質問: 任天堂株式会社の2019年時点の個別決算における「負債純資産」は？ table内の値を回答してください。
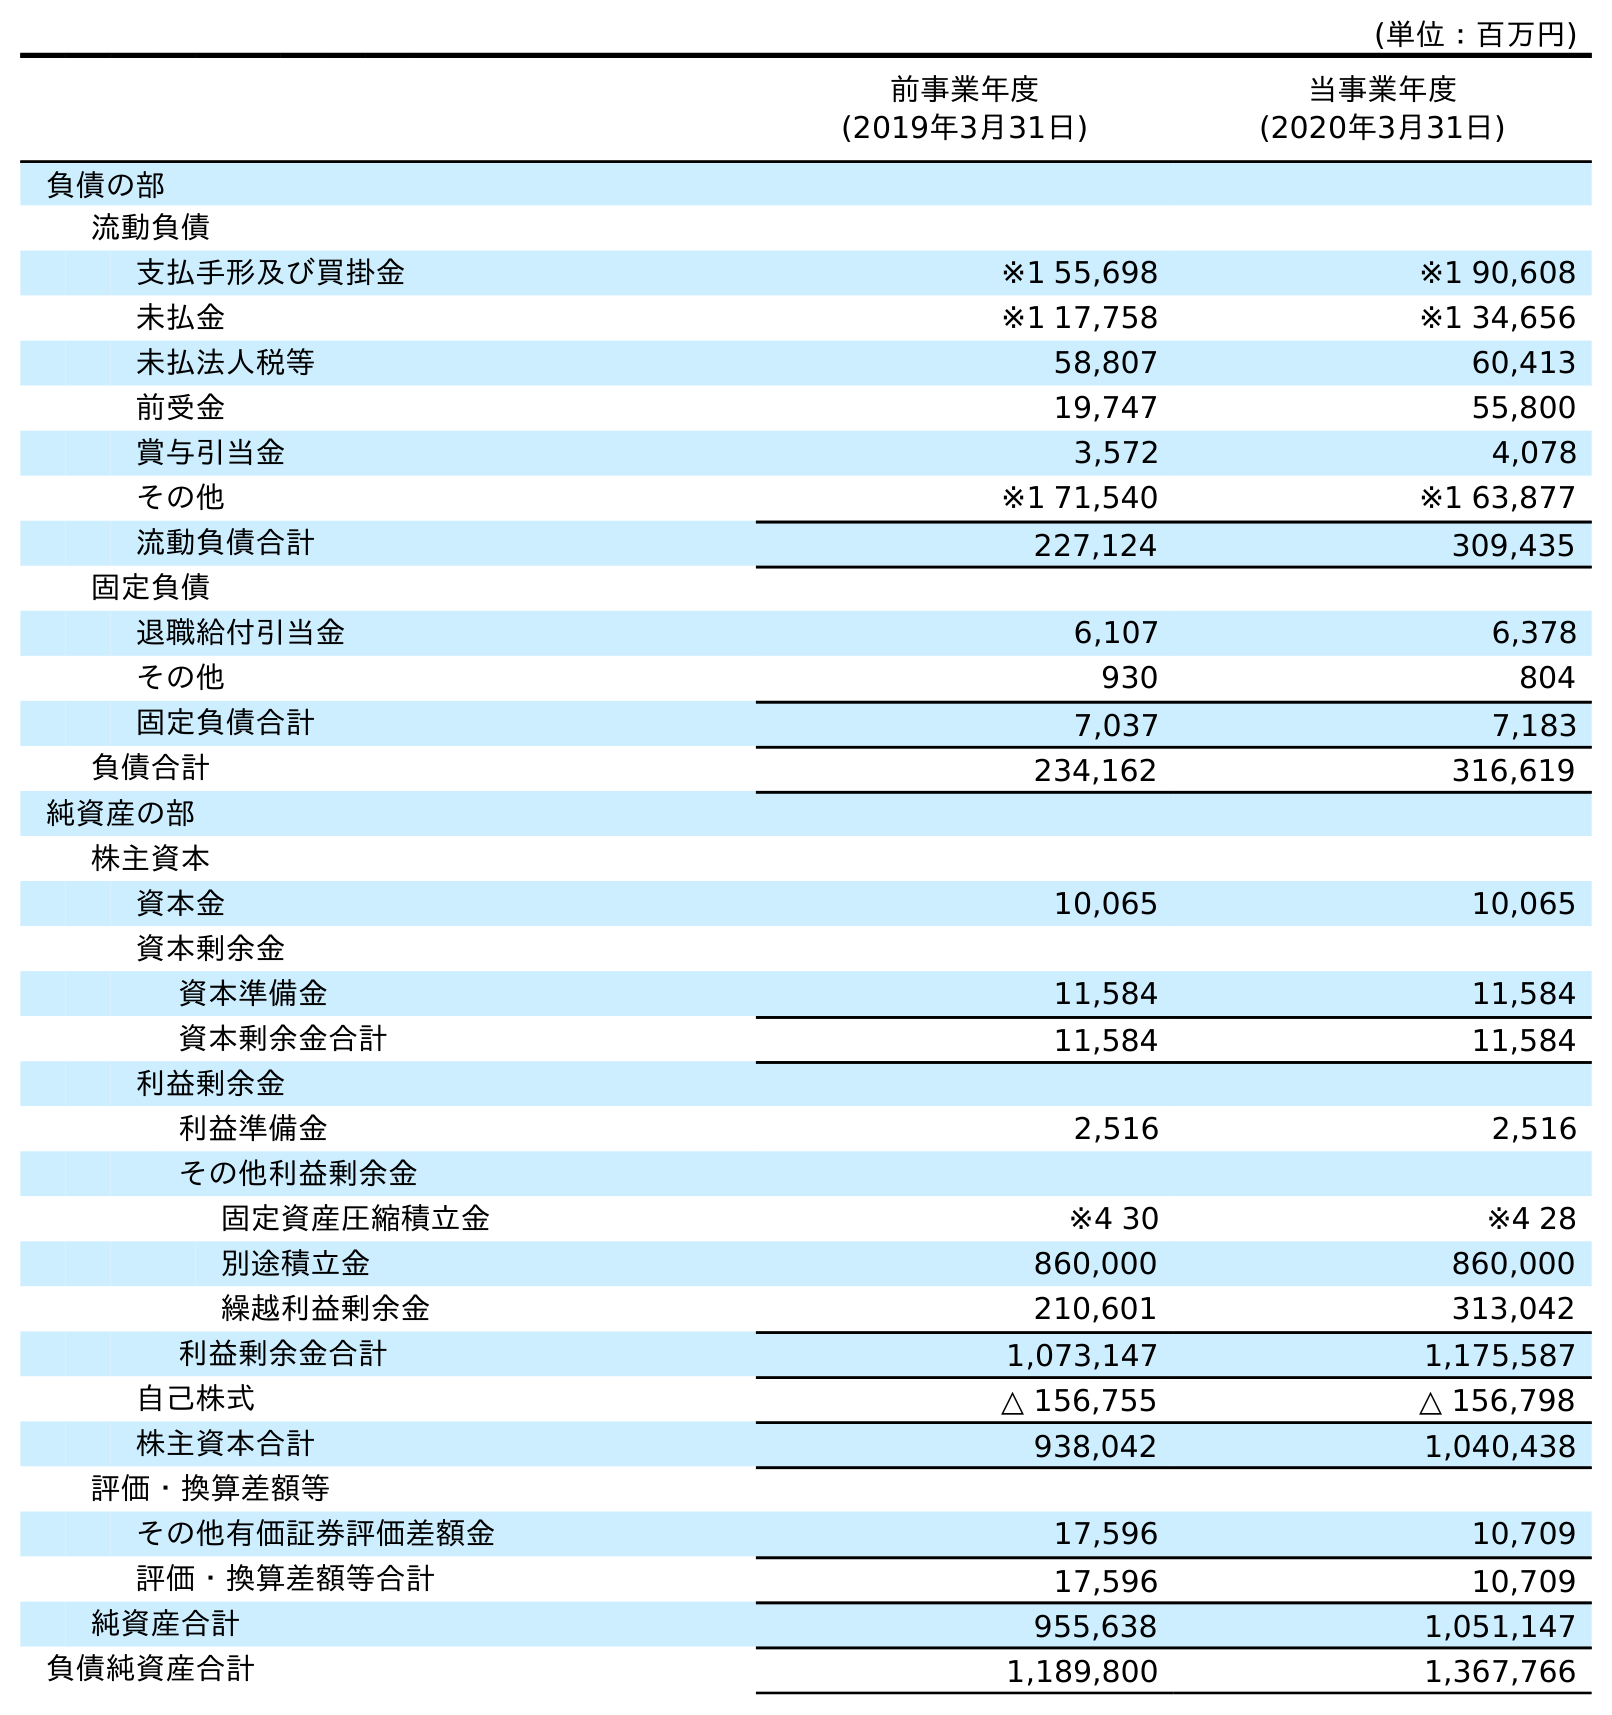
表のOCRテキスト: (単位：百万円) 前事業年度 (2019年3月31日) 当事業年度 (2020年3月31日) 負債の部 流動負債 支払手形及び買掛金 ※1 55,698 ※1 90,608 未払金 ※1 17,758 ※1 34,656 未払法人税等 58,807 60,413 前受金 19,747 55,800 賞与引当金 3,572 4,078 その他 ※1 71,540 ※1 63,877 流動負債合計 227,124 309,435 固定負債 退職給付引当金 6,107 6,378 その他 930 804 固定負債合計 7,037 7,183 負債合計 234,162 316,619 純資産の部 株主資本 資本金 10,065 10,065 資本剰余金 資本準備金 11,584 11,584 資本剰余金合計 11,584 11,584 利益剰余金 利益準備金 2,516 2,516 その他利益剰余金 固定資産圧縮積立金 ※4 30 ※4 28 別途積立金 860,000 860,000 繰越利益剰余金 210,601 313,042 利益剰余金合計 1,073,147 1,175,587 自己株式 △ 156,755 △ 156,798 株主資本合計 938,042 1,040,438 評価・換算差額等 その他有価証券評価差額金 17,596 10,709 評価・換算差額等合計 17,596 10,709 純資産合計 955,638 1,051,147 負債純資産合計 1,189,800 1,367,766
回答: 1,189,800